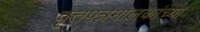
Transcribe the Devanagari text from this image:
वृत्तपत्रमालकांच्या